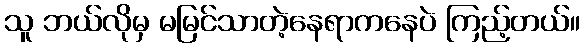
သူ ဘယ်လိုမှ မမြင်သာတဲ့နေရာကနေပဲ ကြည့်တယ်။